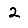
Digit: 2